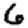
Digit: 6